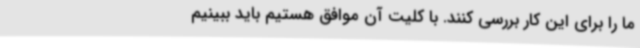
ما را برای این کار بررسی کنند. با کلیت آن موافق هستیم باید ببینیم